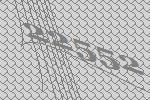
22552